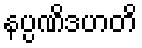
နပ္ပဏိဒဟတိ